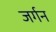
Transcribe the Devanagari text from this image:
जर्गन